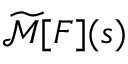
{ \widetilde { \mathcal { M } } } [ F ] ( s )